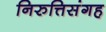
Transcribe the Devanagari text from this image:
निरुत्तिसंगह